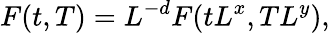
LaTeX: F(t,T)=L^{-d}F(tL^{x},TL^{y}),